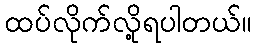
ထပ်လိုက်လို့ရပါတယ်။